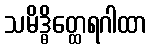
သမိဒ္ဓိတ္ထေရဂါထာ